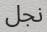
نجل